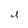
Character: d